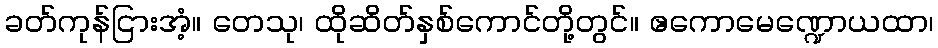
ခတ်ကုန်ငြားအံ့။ တေသု၊ ထိုဆိတ်နှစ်ကောင်တို့တွင်။ ဧကောမေဏ္ဍောယထာ၊